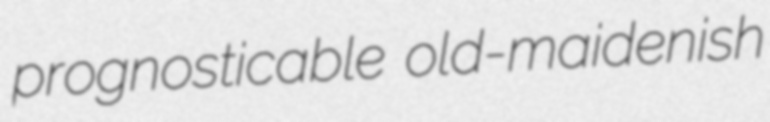
prognosticable old-maidenish